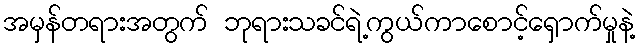
အမှန်တရားအတွက် ဘုရားသခင်ရဲ့ကွယ်ကာစောင့်ရှောက်မှုနဲ့